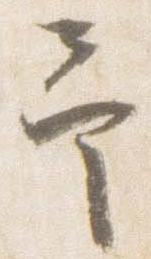
予